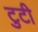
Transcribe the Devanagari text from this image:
टुटी